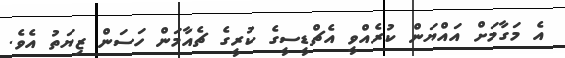
އެ މަގާމަށް އައްޔަން ކުރެއްވީ އެޗްޑީސީގެ ކުރީގެ ޗެެއާމަން ހަސަން ޒިޔަތު އެވެ.